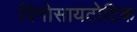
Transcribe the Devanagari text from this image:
पिनोसायटोटिक